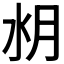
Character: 𣍤